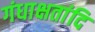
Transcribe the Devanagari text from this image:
गंधाक्षतांदि